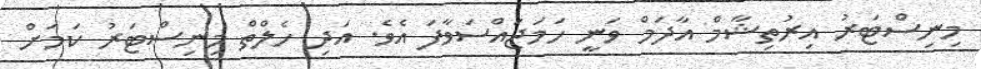
މިނިސްޓަރު އިރުތިޝާމް އާދަމް ވަނީ ހަމަޖައްސަވާފަ އެވެ. އަދި ހެލްތް މިނިސްޓަރު ކަމަށް